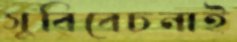
সুবিবেচনাই